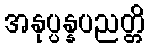
အနုပ္ပန္နပညတ္တိ